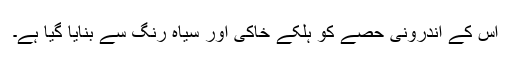
اس کے اندرونی حصے کو ہلکے خاکی اور سیاہ رنگ سے بنایا گیا ہے۔